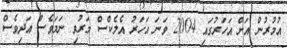
އުމުރުން އަށް އަހަރުގައި 2004 ވަނަ އަހަރު އެލެކްސް މަރުވި ނަމަވެސް އަދިވެސް